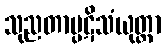
သုညတာပ္ပဋိသံယုတ္တာ